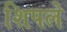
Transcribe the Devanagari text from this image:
शिपले